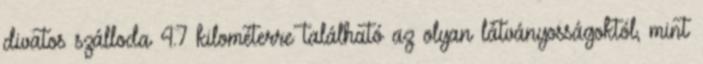
divatos szálloda 4.7 kilométerre található az olyan látványosságoktól, mint